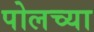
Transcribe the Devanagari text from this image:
पोलच्या